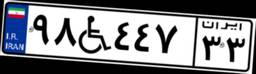
۹۸W۴۴۷۳۳